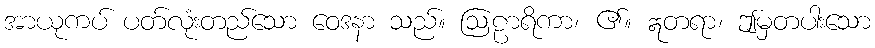
အာယုကပ် ပတ်လုံးတည်သော ဝေဒနာ သည်။ ဩဠာရိကာ၊ ၏။ ဣတရာ၊ ဤမှတပါးသော